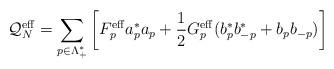
LaTeX: \begin{align*}\mathcal{Q}_N^\mathrm{eff}=\sum_{p\in\Lambda_+^*}\left[ F_p^\mathrm{eff}a^*_pa_p+\frac{1}{2} G_p^\mathrm{eff}(b^*_pb^*_{-p}+b_pb_{-p}) \right]\end{align*}